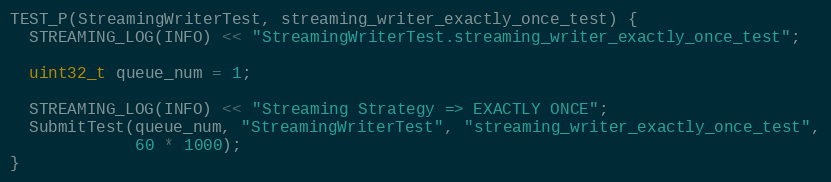
Language: C++
TEST_P(StreamingWriterTest, streaming_writer_exactly_once_test) {
  STREAMING_LOG(INFO) << "StreamingWriterTest.streaming_writer_exactly_once_test";

  uint32_t queue_num = 1;

  STREAMING_LOG(INFO) << "Streaming Strategy => EXACTLY ONCE";
  SubmitTest(queue_num, "StreamingWriterTest", "streaming_writer_exactly_once_test",
             60 * 1000);
}